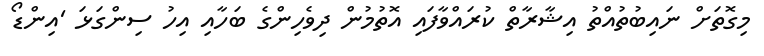
މިގޮތަށް ނައިބުތުއްތު އިޝާރާތް ކުރައްވާފައި އޮތުމުން ދިވެހިންގެ ބަހާއި އިހު ސިންގަޅަ 'އިންޑޯ